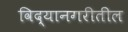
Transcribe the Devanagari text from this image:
विद्यानगरीतील